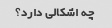
چه اشکالی دارد؟